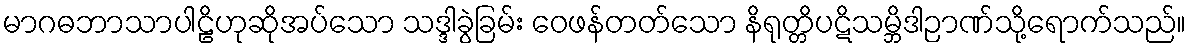
မာဂဓဘာသာပါဠိဟုဆိုအပ်သော သဒ္ဒါခွဲခြမ်း ဝေဖန်တတ်သော နိရုတ္တိပဋိသမ္ဘိဒါဉာဏ်သို့ရောက်သည်။